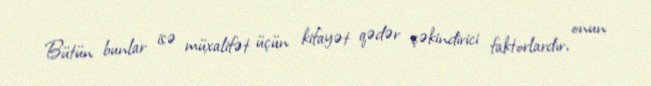
Bütün bunlar isə müxalifət üçün kifayət qədər çəkindirici faktorlardır, onun